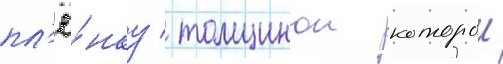
пл'ё́нку / толщинои которои